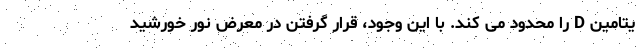
یتامین D را محدود می کند. با این وجود، قرار گرفتن در معرض نور خورشید